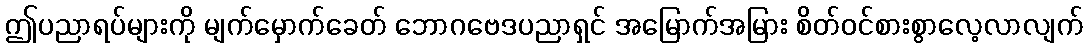
ဤပညာရပ်များကို မျက်မှောက်ခေတ် ဘောဂဗေဒပညာရှင် အမြောက်အမြား စိတ်ဝင်စားစွာလေ့လာလျက်